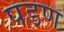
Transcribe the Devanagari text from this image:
पडण